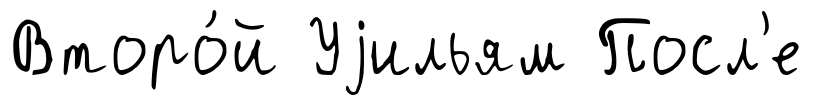
Второ́й Уjильям Посл'е